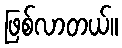
ဖြစ်လာတယ်။